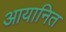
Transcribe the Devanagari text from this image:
आयानित